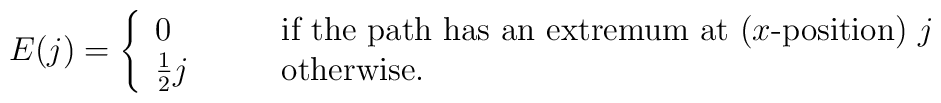
E(j) = \left\{\begin{array}{ll}0 & \mbox{if the path has an extremum at ($x$-position) $j$} \\\frac{1}{2} j\qquad & \mbox{otherwise.}\end{array}\right.